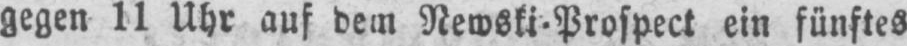
gegen 11 Uhr auf dem Newski⸗Prospect ein fünftes